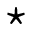
\star